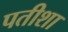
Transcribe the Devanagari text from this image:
पतीशा